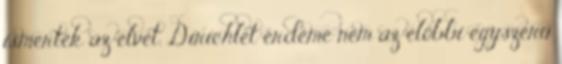
ismerték az elvet. Dirichlet érdeme nem az előbbi egyszerű